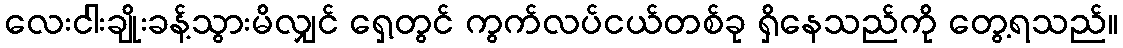
လေးငါးချိုးခန့်သွားမိလျှင် ရှေ့တွင် ကွက်လပ်ငယ်တစ်ခု ရှိနေသည်ကို တွေ့ရသည်။